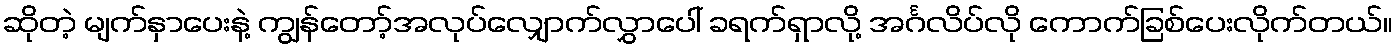
ဆိုတဲ့ မျက်နှာပေးနဲ့ ကျွန်တော့်အလုပ်လျှောက်လွှာပေါ် ခရက်ရှာလို့ အင်္ဂလိပ်လို ကောက်ခြစ်ပေးလိုက်တယ်။